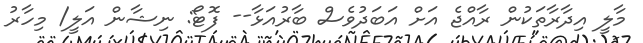
މާލީ އިދާރާތަކުން ރާއްޖެ އަށް އަބަދުވެސް ބާރުއަޅާ-- ފޮޓޯ: ނިޝާން އަލީ/ މިހާރު